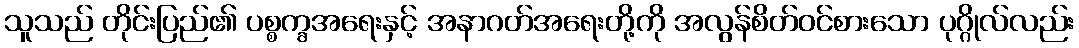
သူသည် တိုင်းပြည်၏ ပစ္စက္ခအရေးနှင့် အနာဂတ်အရေးတို့ကို အလွန်စိတ်ဝင်စားသော ပုဂ္ဂိုလ်လည်း